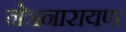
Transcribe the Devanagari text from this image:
नेत्रनारायण